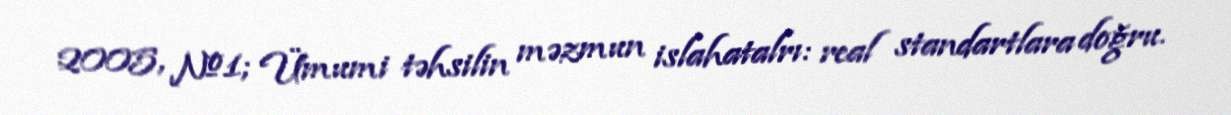
2005, №1; Ümumi təhsilin məzmun islahatalrı: real standartlara doğru.